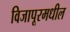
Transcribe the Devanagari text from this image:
विजापूरमधील